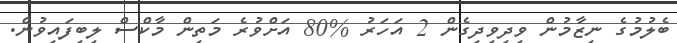
ބެލުމުގެ ނިޒާމުން ވިދިވިދިގެން 2 އަހަރު %80 އަށްވުރެ މަތިން މާކްސް ލިބިފައިވުން.